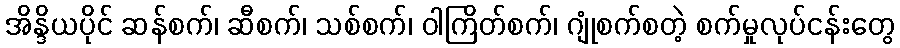
အိန္ဒိယပိုင် ဆန်စက်၊ ဆီစက်၊ သစ်စက်၊ ဝါကြိတ်စက်၊ ဂျုံစက်စတဲ့ စက်မှုလုပ်ငန်းတွေ